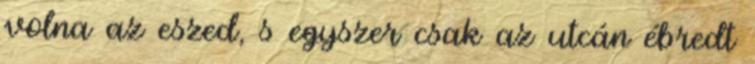
volna az eszed, s egyszer csak az utcán ébredt